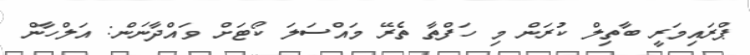
ޕްރައިމަރީ ބާތިލް ކުރަން މި ހަފްތާ ތެރޭ މައްސަލަ ކޯޓަށް ވައްދާނަން: އަލްހާން